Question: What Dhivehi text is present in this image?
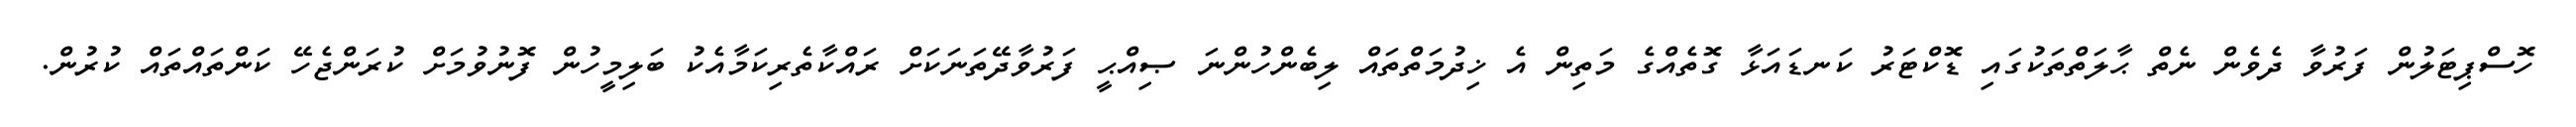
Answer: ހޮސްޕިޓަލުން ފަރުވާ ދެވެން ނެތް ޙާލަތްތަކުގައި ޑޮކްޓަރު ކަނޑައަޅާ ގޮތެއްގެ މަތިން އެ ޚިދުމަތްތައް ލިބެންހުންނަ ޞިއްޙީ ފަރުވާދޭތަނަކަށް ރައްކާތެރިކަމާއެކު ބަލިމީހުން ފޮނުވުމަށް ކުރަންޖެހޭ ކަންތައްތައް ކުރުން.